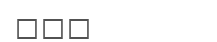
٢٠٥